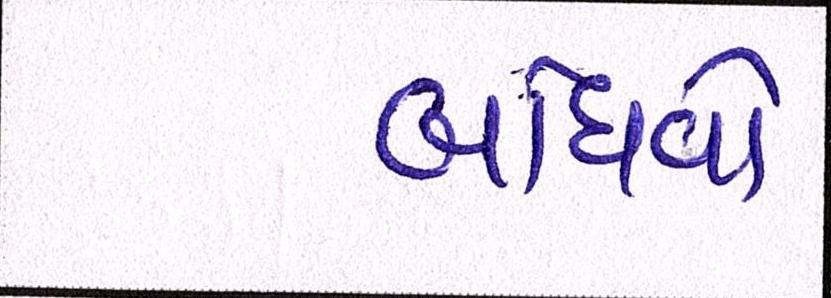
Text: બાંધવો